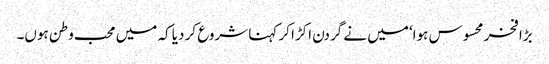
بڑا فخر محسوس ہوا‘ میں نے گردن اکڑا کر کہنا شروع کر دیا کہ میں محب وطن ہوں۔